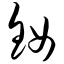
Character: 钕